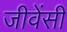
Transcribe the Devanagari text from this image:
जीवेंसीं